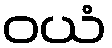
ဝယံ